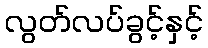
လွတ်လပ်ခွင့်နှင့်